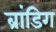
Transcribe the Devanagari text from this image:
ब्रांडिग